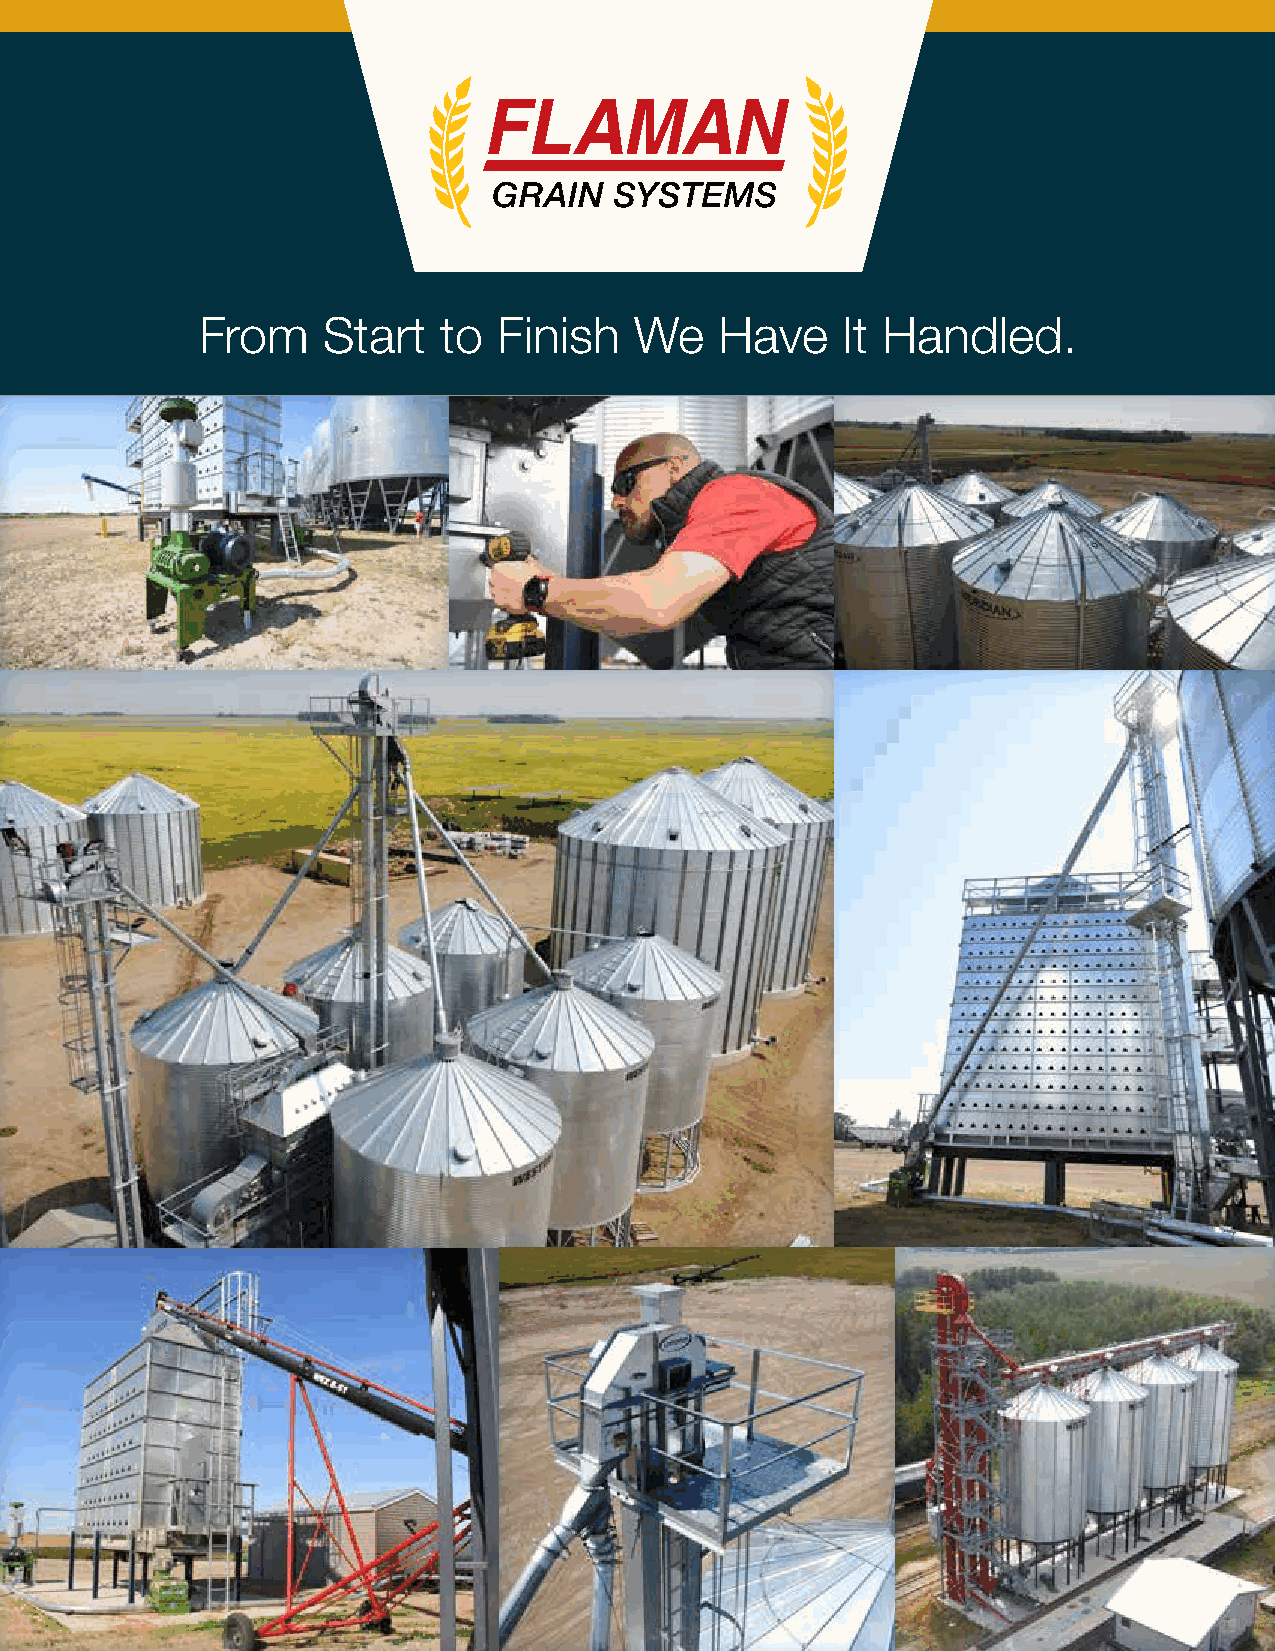
From    Start   to  Finish   We    Have    It Handled.